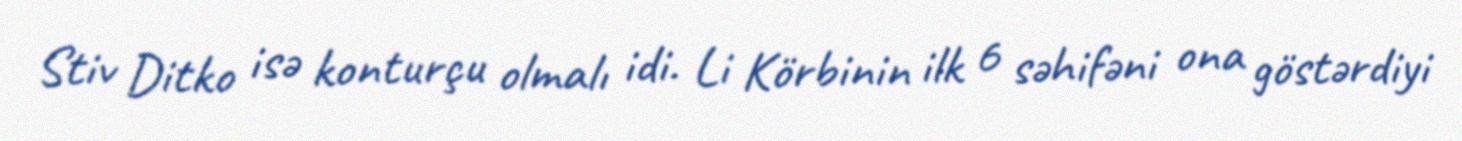
Stiv Ditko isə konturçu olmalı idi. Li Körbinin ilk 6 səhifəni ona göstərdiyi